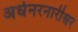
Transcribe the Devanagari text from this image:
अर्धनरनारीश्वर